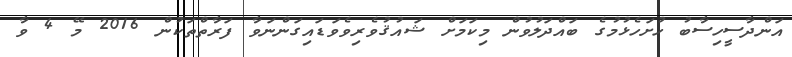
އަންދާސީހިސާބު ހުށަހެޅުމުގެ ބައްދަލުވުން މިކަމަށް ޝައުޤުވެރިވެވަޑައިގަންނަވާ ފަރާތްތަކުން 2016 މޭ 4 ވާ